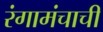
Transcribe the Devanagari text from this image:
रंगामंचाची